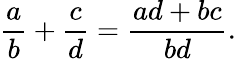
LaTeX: {\frac{a}{b}}+{\frac{c}{d}}={\frac{ad+bc}{bd}}.